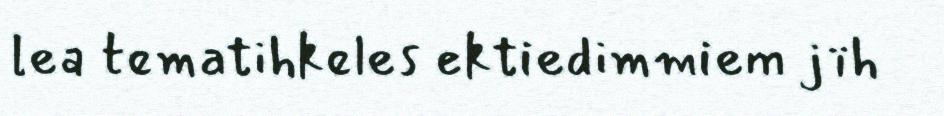
lea tematihkeles ektiedimmiem jïh